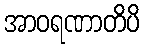
အာဝရဏာတိပိ